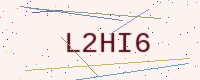
Text: L2HI6